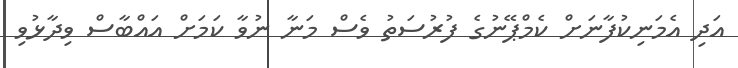
އަދި އެމަނިކުފާނަށް ކެމްޕޭނުގެ ފުރުސަތު ވެސް މަނާ ނުވާ ކަމަށް އައްބާސް ވިދާޅުވި